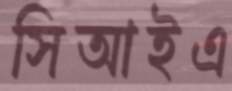
সিআইএ